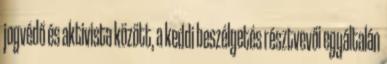
jogvédő és aktivista között, a keddi beszélgetés résztvevői egyáltalán